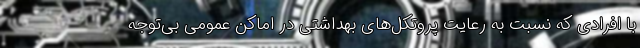
با افرادی که نسبت به رعایت پروتکل‌های بهداشتی در اماکن عمومی بی‌توجه